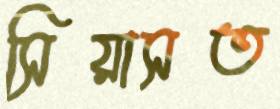
সিয়াসত